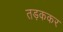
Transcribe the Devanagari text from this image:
तड़ककर